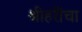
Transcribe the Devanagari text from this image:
श्रीहरींचा